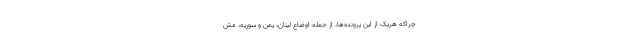
چراکه هریک از این پرونده‌ها، از جمله اوضاع لبنان، یمن و سوریه، مش